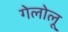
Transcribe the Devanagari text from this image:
गेलोलू